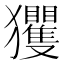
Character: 玃